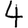
Digit: 4